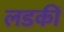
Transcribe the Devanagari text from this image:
लडकीं